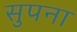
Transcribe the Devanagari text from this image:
सुपना